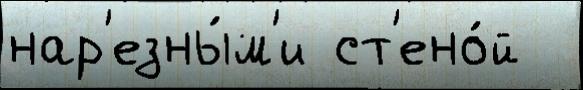
нар'езны́м'и ст'ено́й